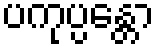
ပကုပ္ပန္တော